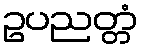
ဥပညတ္တံ